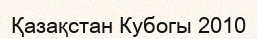
Қазақстан Кубогы 2010